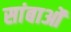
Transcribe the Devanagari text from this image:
सांबाओं